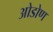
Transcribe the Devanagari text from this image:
ओडोण